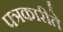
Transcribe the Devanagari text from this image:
पत्रकारीते